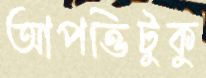
আপত্তিটুকু